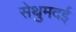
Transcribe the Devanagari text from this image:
सेथुमदई